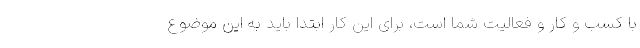
با کسب و کار و فعالیت شما است، برای این کار ابتدا باید به این موضوع